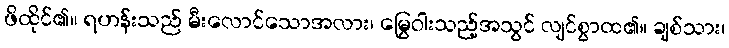
ဖိထိုင်၏။ ရဟန်းသည် မီးလောင်သောအလား၊ မြွေဝါးသည့်အသွင် လျင်စွာထ၏။ ချစ်သား၊